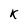
Character: k